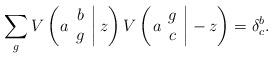
LaTeX: \begin{align*}\sum_g V\left( \left. a \begin{array}{c} b \\ g \end{array} \right| z \right)V\left( \left. a \begin{array}{c} g \\ c \end{array} \right| -z \right)=\delta_c^b . \end{align*}